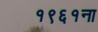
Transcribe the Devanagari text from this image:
१९६१ना